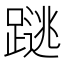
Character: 𰸩